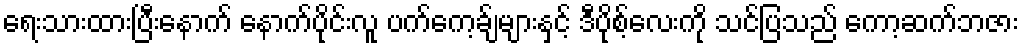
ရေးသားထားပြီးနောက် နောက်ပိုင်းလူ ပက်ကေ့ခ်ျများနှင့် ဒီပိုစ့်လေးကို သင်ပြသည် ကော့ဆက်ဘဇား